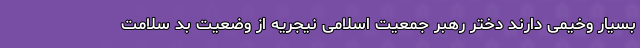
بسیار وخیمی دارند دختر رهبر جمعیت اسلامی نیجریه از وضعیت بد سلامت